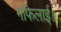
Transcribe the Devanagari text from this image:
गफिलाई॥